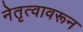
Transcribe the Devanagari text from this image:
नेतृत्वावरून